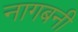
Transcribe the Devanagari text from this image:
नागबनी